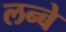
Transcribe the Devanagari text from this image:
लन्बे